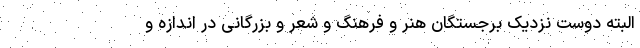
البته دوست نزدیک برجستگان هنر و فرهنگ و شعر و بزرگانی در اندازه و